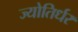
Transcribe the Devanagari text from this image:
ज्योतिर्धर